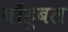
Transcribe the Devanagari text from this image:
बाँहूबल